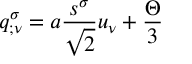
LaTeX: q _ { ; \nu } ^ { \sigma } = a \frac { s ^ { \sigma } } { \sqrt { 2 } } u _ { \nu } + \frac { \Theta } { 3 }